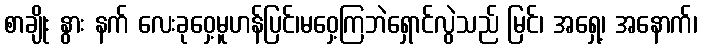
စာချိုး နွား နက် လေးခုဝှေ့မူဟန်ပြင်၊မဝှေ့ကြဘဲရှောင်လွဲသည် မြင်၊ အရှေ့၊ အနောက်၊